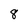
Character: 8